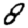
Digit: 8